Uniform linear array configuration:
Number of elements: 12
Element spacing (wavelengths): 1
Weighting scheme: hamming
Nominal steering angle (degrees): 30
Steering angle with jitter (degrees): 28.417
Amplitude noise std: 0.05
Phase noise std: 0.05

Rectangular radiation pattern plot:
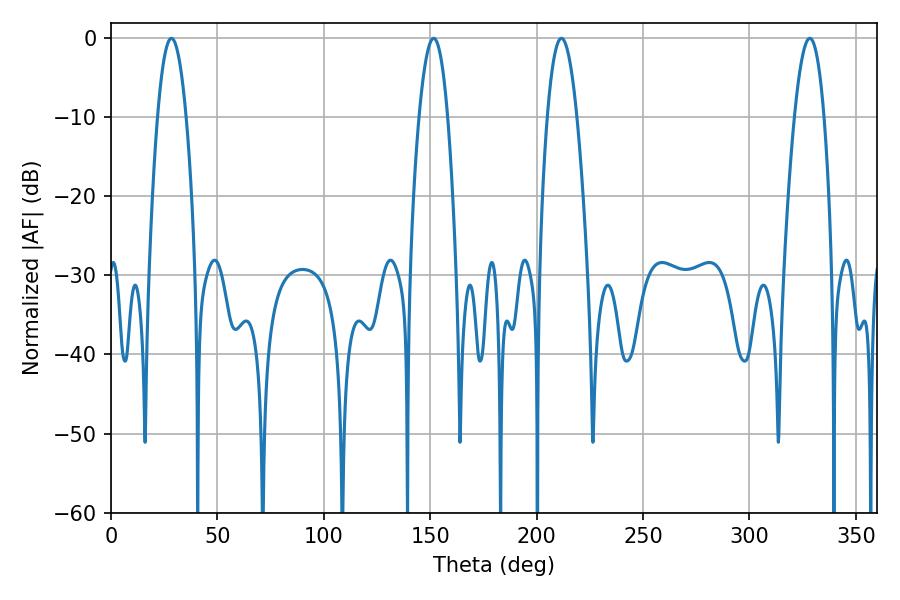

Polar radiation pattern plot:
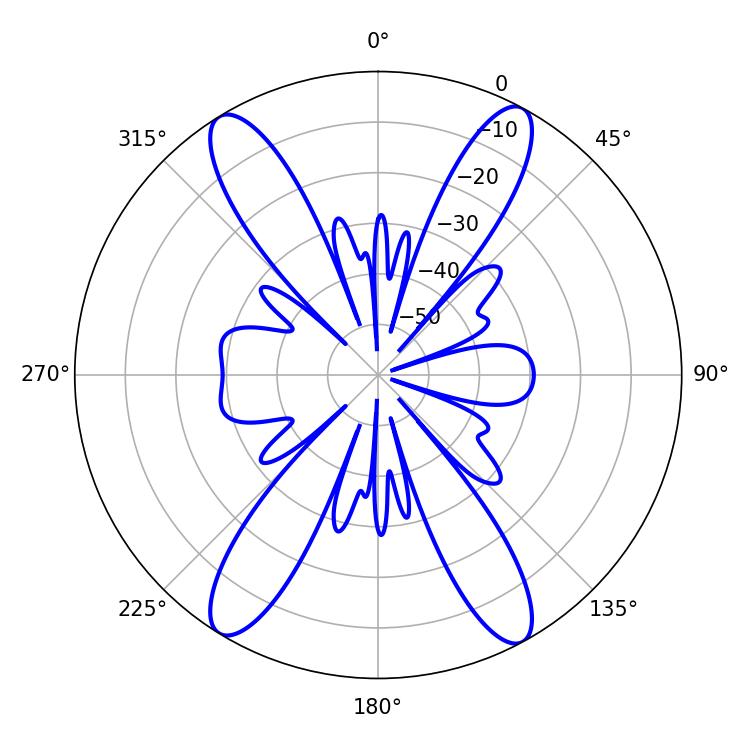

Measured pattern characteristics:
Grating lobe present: TRUE
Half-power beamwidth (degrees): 7.56
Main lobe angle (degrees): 328.32